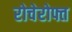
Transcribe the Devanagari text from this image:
रोचेरोफ्त